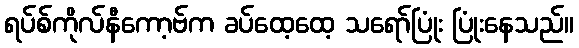
ရပ်စ်ကိုလ်နီကော့ဗ်က ခပ်ထေ့ထေ့ သရော်ပြုံး ပြုံးနေသည်။